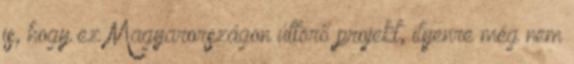
is, hogy ez Magyarországon úttörő projekt, ilyenre még nem